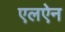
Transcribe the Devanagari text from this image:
एलऐन